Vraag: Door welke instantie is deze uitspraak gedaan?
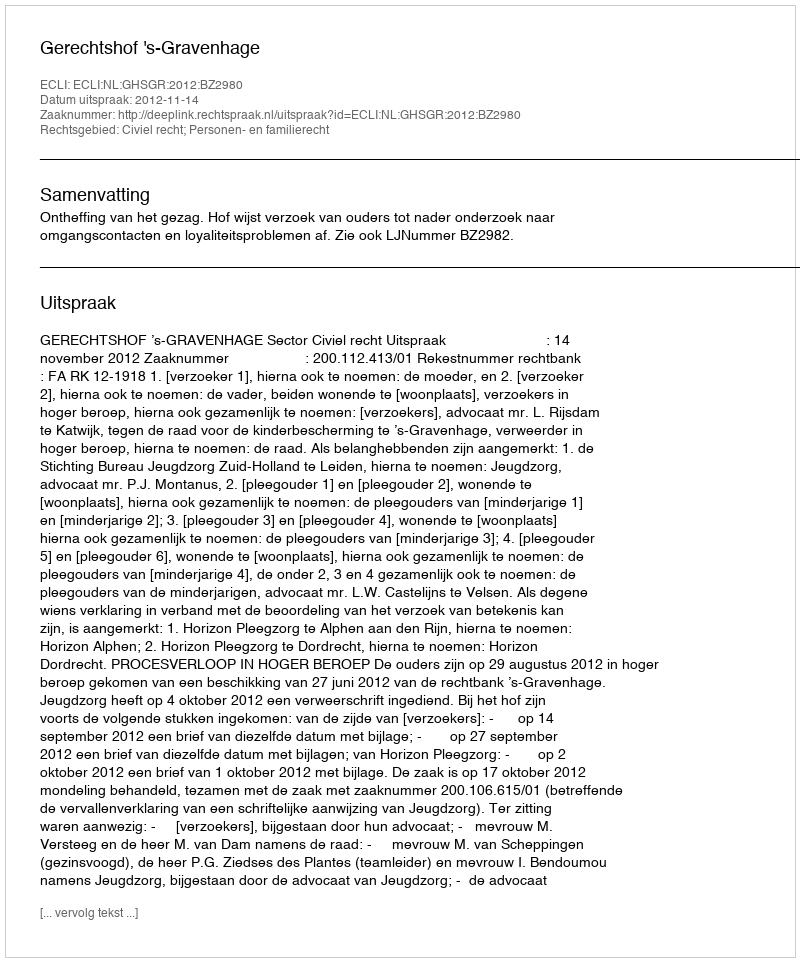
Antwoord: Gerechtshof 's-Gravenhage